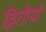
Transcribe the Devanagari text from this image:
द्वितीयो